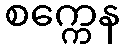
စက္ကေန